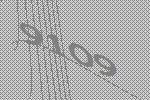
9109